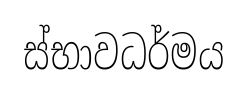
ස්භාවධර්මය